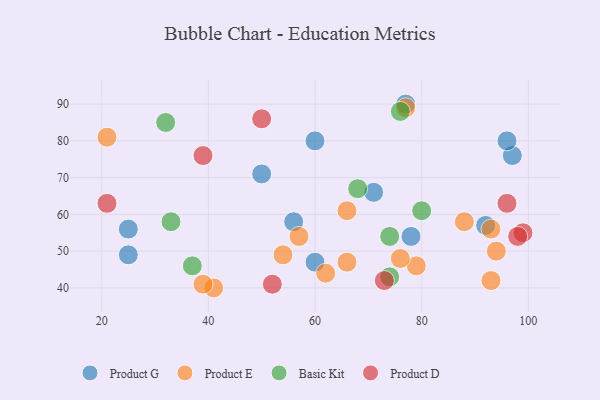
{"axis": {"x": "GDP", "y": "Life Expectancy"}, "legend": ["Basic Kit", "Product D", "Product E", "Product G"], "data": [{"x": "71", "y": 66, "type": "Product G"}, {"x": "92", "y": 57, "type": "Product G"}, {"x": "97", "y": 76, "type": "Product G"}, {"x": "96", "y": 80, "type": "Product G"}, {"x": "60", "y": 47, "type": "Product G"}, {"x": "77", "y": 90, "type": "Product G"}, {"x": "78", "y": 54, "type": "Product G"}, {"x": "56", "y": 58, "type": "Product G"}, {"x": "60", "y": 80, "type": "Product G"}, {"x": "25", "y": 49, "type": "Product G"}, {"x": "50", "y": 71, "type": "Product G"}, {"x": "25", "y": 56, "type": "Product G"}, {"x": "77", "y": 89, "type": "Product E"}, {"x": "57", "y": 54, "type": "Product E"}, {"x": "54", "y": 49, "type": "Product E"}, {"x": "66", "y": 61, "type": "Product E"}, {"x": "21", "y": 81, "type": "Product E"}, {"x": "93", "y": 42, "type": "Product E"}, {"x": "62", "y": 44, "type": "Product E"}, {"x": "88", "y": 58, "type": "Product E"}, {"x": "93", "y": 56, "type": "Product E"}, {"x": "66", "y": 47, "type": "Product E"}, {"x": "41", "y": 40, "type": "Product E"}, {"x": "39", "y": 41, "type": "Product E"}, {"x": "94", "y": 50, "type": "Product E"}, {"x": "79", "y": 46, "type": "Product E"}, {"x": "76", "y": 48, "type": "Product E"}, {"x": "32", "y": 85, "type": "Basic Kit"}, {"x": "33", "y": 58, "type": "Basic Kit"}, {"x": "37", "y": 46, "type": "Basic Kit"}, {"x": "74", "y": 54, "type": "Basic Kit"}, {"x": "76", "y": 88, "type": "Basic Kit"}, {"x": "74", "y": 43, "type": "Basic Kit"}, {"x": "80", "y": 61, "type": "Basic Kit"}, {"x": "68", "y": 67, "type": "Basic Kit"}, {"x": "99", "y": 55, "type": "Product D"}, {"x": "21", "y": 63, "type": "Product D"}, {"x": "39", "y": 76, "type": "Product D"}, {"x": "96", "y": 63, "type": "Product D"}, {"x": "52", "y": 41, "type": "Product D"}, {"x": "98", "y": 54, "type": "Product D"}, {"x": "50", "y": 86, "type": "Product D"}, {"x": "73", "y": 42, "type": "Product D"}]}